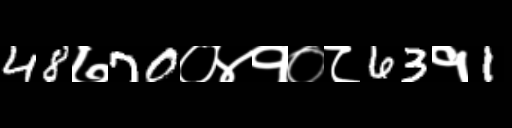
Text: 48७70०४१०८63१1